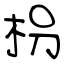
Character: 枴